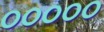
૦૦૦૦૦